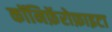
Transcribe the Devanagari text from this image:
कॉनिफ़ॅरोफ़ाइटा